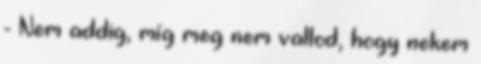
- Nem addig, míg meg nem vallod, hogy nekem